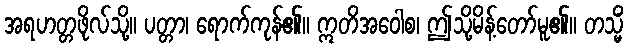
အရဟတ္တဖိုလ်သို့။ ပတ္တာ၊ ရောက်ကုန်၏။ ဣတိအဝေါစ၊ ဤသို့မိန့်တော်မူ၏။ တသ္မိံ